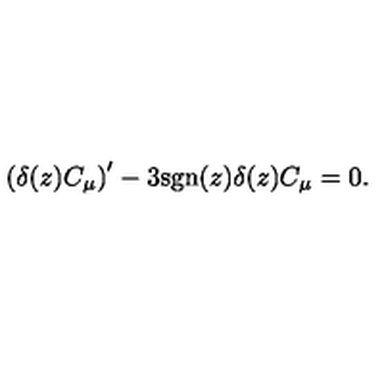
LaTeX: \left( \delta ( z ) C _ { \mu } \right) ^ { \prime } - 3 \mathrm { s g n } ( z ) \delta ( z ) C _ { \mu } = 0 .